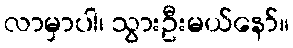
လာမှာပါ၊ သွားဦးမယ်နော်။